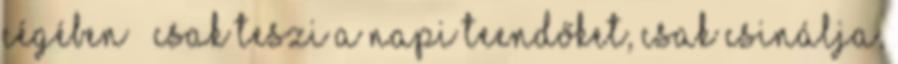
cégében – csak teszi a napi teendőket, csak csinálja,